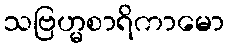
သဗြဟ္မစာရိကာမော